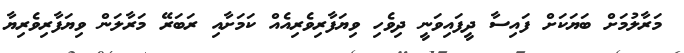
މަރާލުމަށް ބަޔަކަށް ފައިސާ ދީފައިވަނީ ދިވެހި ވިޔަފާރިވެރިއެއް ކަމަށާއި ރަބަރޭ މަރާލަން ވިޔަފާރިވެރިޔާ